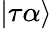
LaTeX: |\tau\alpha\rangle